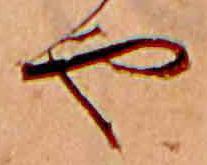
や